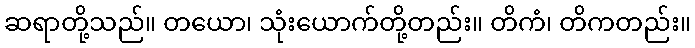
ဆရာတို့သည်။ တယော၊ သုံးယောက်တို့တည်း။ တိကံ၊ တိကတည်း။